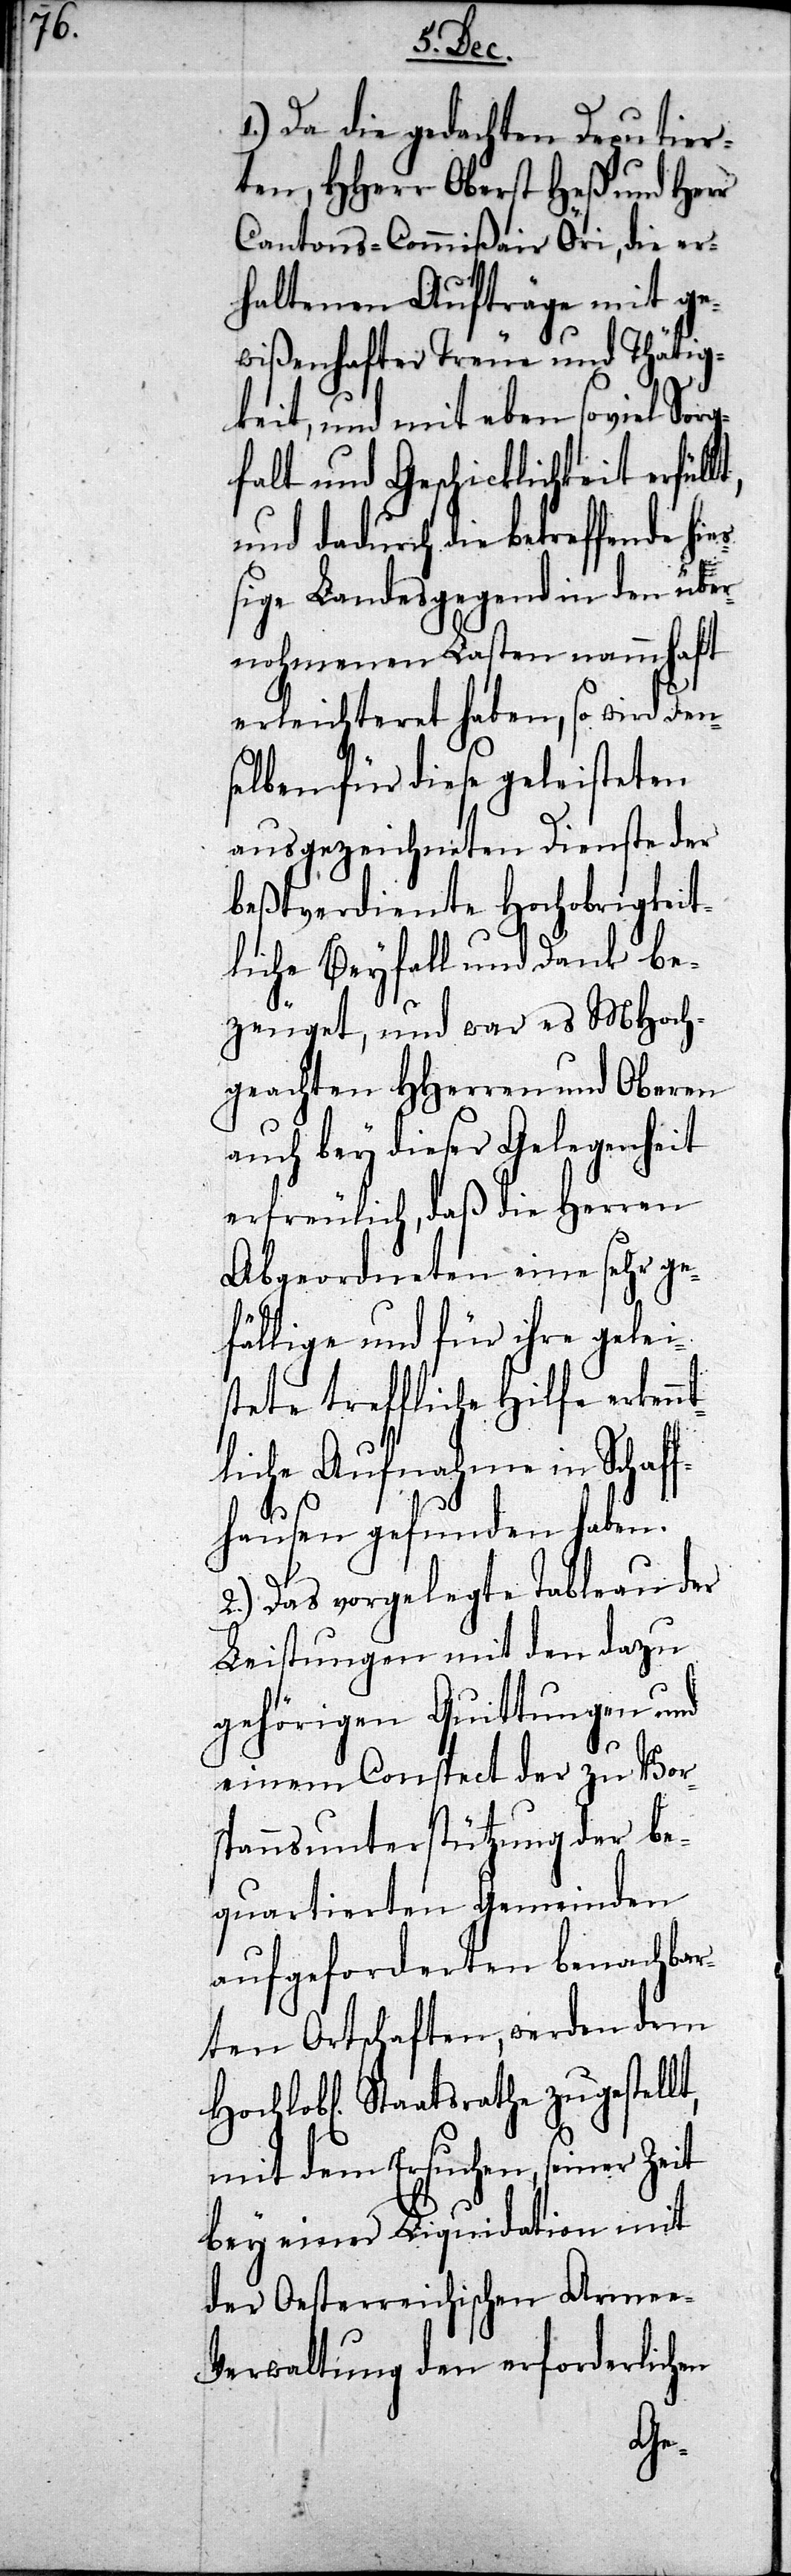
1.) Da die gedachten Deputier¬
ten, HHerr Oberst Heß und Herr
Cantons-Commißair Öri, die er¬
haltenen Aufträge mit ge¬
wißenhafter Treue und Thätig¬
keit, und eben so viel Sor¬
gfalt und Geschicklichkeit erfüll¬
und dadurch die betreffende hi¬
eßige Landesgegend in den über¬
nehmenden Lasten nammhaft
erleichteret haben, so wird den¬
selben für diese geleisteten
ausgezeichneten Dienste der
beßtverdiente Hochobrigkeit¬
liche Beyfall und Dank be¬
zeuget, und war es MHoch¬
geachten HHerren und Oberen
auch bey dieser Gelegenheit
erfreulich, daß die Herren
Abgeordneten eine sehr ge¬
fällige und für ihre gelei¬
stete treffliche Hilfe erken¬
liche Aufnahme in Schaf¬
fhausen gefunden haben.
2.) Das vorgelegte Tableau der
Leistungen mit den dazu
gehörigen Quittungen und
einem Conspect der zu Vor¬
spannsunterstützung der be¬
quartierten Gemeinden
aufgefordereten benachbar¬
ten Ortschaften, werden dem
Hochlobl. Staatsrathe zugestellt,
mit dem Ersuchen, seiner
bey einer Liquidation mit
der Oesterreichischen Arme¬
e-Verwaltung den erforderlichen
nt¬